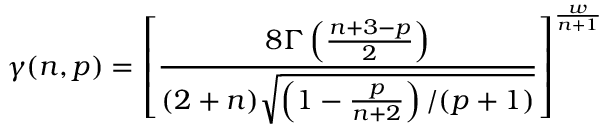
\gamma ( n , p ) = \left[ { \frac { 8 \Gamma \left( \frac { n + 3 - p } { 2 } \right) } { ( 2 + n ) \sqrt { \left( 1 - { \frac { p } { n + 2 } } \right) / ( p + 1 ) } } } \right] ^ { \frac { w } { n + 1 } }